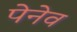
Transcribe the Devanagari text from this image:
पेनेव